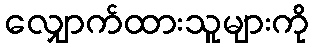
လျှောက်ထားသူများကို